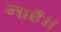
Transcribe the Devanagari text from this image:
नाईं॥